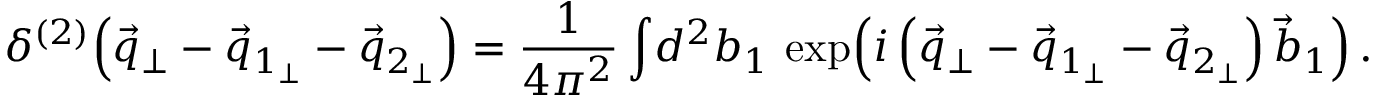
\delta ^ { ( 2 ) } \! \left( \vec { q } _ { \perp } - \vec { q } _ { 1 _ { \perp } } - \vec { q } _ { 2 _ { \perp } } \right) = \frac { 1 } { 4 \pi ^ { 2 } } \int \! d ^ { 2 } b _ { 1 } \, \exp \! \left( i \left( \vec { q } _ { \perp } - \vec { q } _ { 1 _ { \perp } } - \vec { q } _ { 2 _ { \perp } } \right) \vec { b } _ { 1 } \right) .